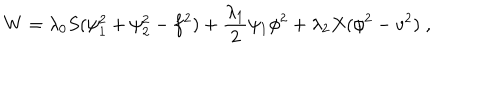
W = \lambda _ { 0 } S ( \psi _ { 1 } ^ { 2 } + \psi _ { 2 } ^ { 2 } - f ^ { 2 } ) + \frac { \lambda _ { 1 } } { 2 } \psi _ { 1 } \phi ^ { 2 } + \lambda _ { 2 } X ( \phi ^ { 2 } - v ^ { 2 } ) \; ,